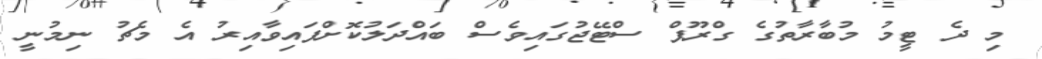
މި ދެ ޓީމު މުބާރާތުގެ ގްރޫޕް ސްޓޭޖުގައިވެސް ބައްދަލުކޮށްފައިވާއިރު އެ މެޗު ނިމުނީ